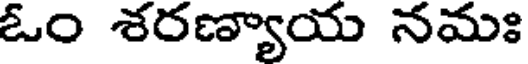
ఓం శరణ్యాయ నమః